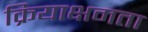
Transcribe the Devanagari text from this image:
क्रियाक्षमता